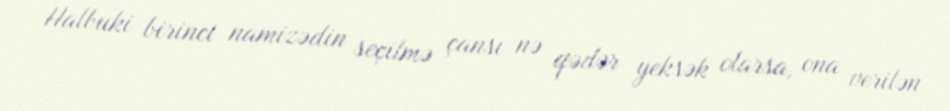
Halbuki birinci namizədin seçilmə çansı nə qədər yeksək olarsa, ona verilən